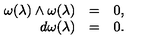
\begin{array} { r c l } { \omega ( \lambda ) \wedge \omega ( \lambda ) } & { = } & { 0 , } \\ { d \omega ( \lambda ) } & { = } & { 0 . } \\ \end{array}